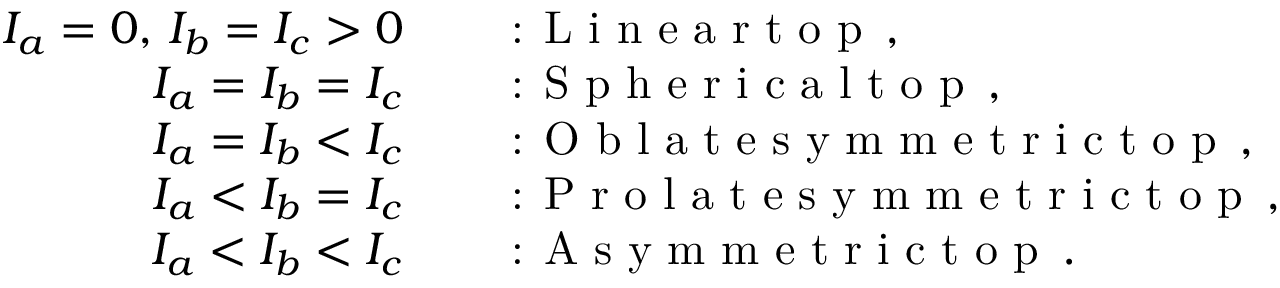
\begin{array} { r l } { I _ { a } = 0 , \, I _ { b } = I _ { c } > 0 \quad } & { \textrm { : L i n e a r t o p } \, , } \\ { I _ { a } = I _ { b } = I _ { c } \quad } & { \textrm { : S p h e r i c a l t o p } \, , } \\ { I _ { a } = I _ { b } < I _ { c } \quad } & { \textrm { : O b l a t e s y m m e t r i c t o p } \, , } \\ { I _ { a } < I _ { b } = I _ { c } \quad } & { \textrm { : P r o l a t e s y m m e t r i c t o p } \, , } \\ { I _ { a } < I _ { b } < I _ { c } \quad } & { \textrm { : A s y m m e t r i c t o p } \, . } \end{array}